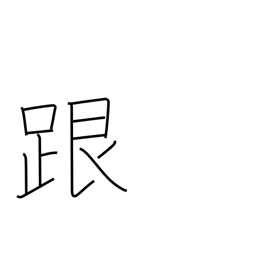
Meaning: heel